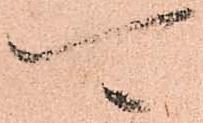
可